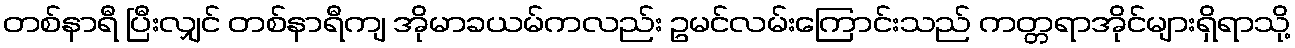
တစ်နာရီ ပြီးလျှင် တစ်နာရီကျ အိုမာခယမ်ကလည်း ဥမင်လမ်းကြောင်းသည် ကတ္တရာအိုင်များရှိရာသို့